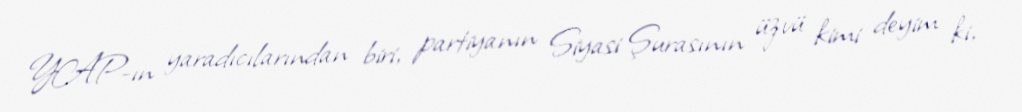
YAP-ın yaradıcılarından biri, partiyanın Siyasi Şurasının üzvü kimi deyim ki,